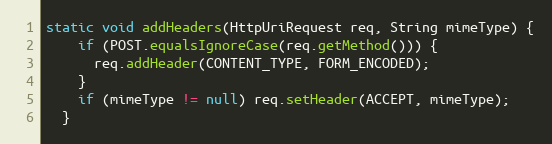
Language: Java
static void addHeaders(HttpUriRequest req, String mimeType) {
    if (POST.equalsIgnoreCase(req.getMethod())) {
      req.addHeader(CONTENT_TYPE, FORM_ENCODED);
    }
    if (mimeType != null) req.setHeader(ACCEPT, mimeType);
  }